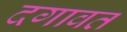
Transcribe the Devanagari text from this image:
दगावत